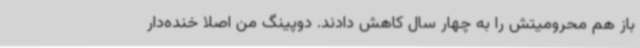
باز هم محرومیتش را به چهار سال کاهش دادند. دوپینگ من اصلا خنده‌دار